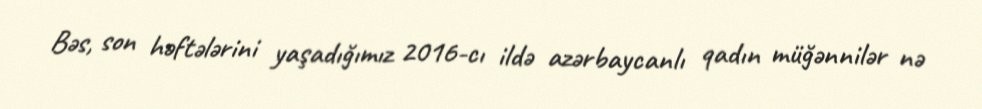
Bəs, son həftələrini yaşadığımız 2016-cı ildə azərbaycanlı qadın müğənnilər nə